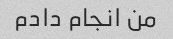
من انجام دادم